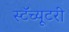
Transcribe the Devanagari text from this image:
स्टॅच्यूटरी